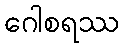
ဂေါစရဿ